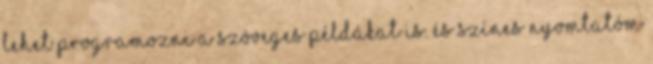
lehet programozni a szöveges példákat is. És színes nyomtatóm